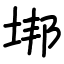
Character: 垹